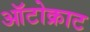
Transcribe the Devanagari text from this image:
ऑटोक्राट